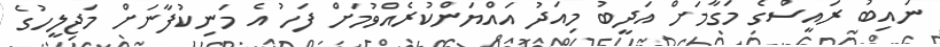
ނައިބު ރައީސްގެ މަގާމަށް އަދީބު މިއަދު އައްޔަންކުރެއްވުމަށް ފަހު އެ މަނިކުފާނަށް މަޖިލީހުގެ